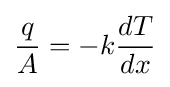
{\frac {q}{A}}=-k{\frac {dT}{dx}}